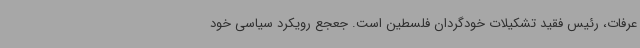
عرفات، رئیس فقید تشکیلات خودگردان فلسطین است. جعجع رویکرد سیاسی خود